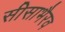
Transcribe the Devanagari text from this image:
सीसाभैरव